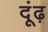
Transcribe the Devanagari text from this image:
दूंढ़